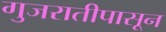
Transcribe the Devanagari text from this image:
गुजरातीपासून